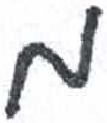
אות: מ